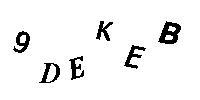
9DEKEB